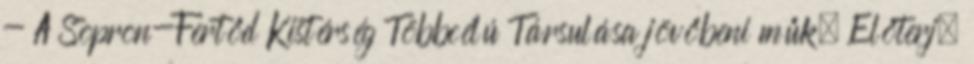
- A Sopron-Fertőd Kistérség Többcélú Társulása jövőbeni műk. Előterj.